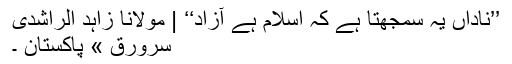
’’ناداں یہ سمجھتا ہے کہ اسلام ہے آزاد‘‘ | مولانا زاہد الراشدی
سرورق » پاکستان ۔